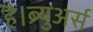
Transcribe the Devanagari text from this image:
है।ब्र्युअर्स